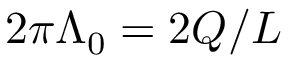
2 \pi \Lambda _ { 0 } = 2 Q / L